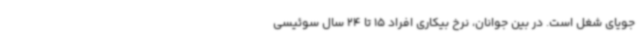
جویای شغل است. در بین جوانان، نرخ بیکاری افراد 15 تا 24 سال سوئیسی